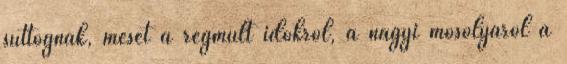
suttognak, mesét a régmúlt időkről, a nagyi mosolyáról a